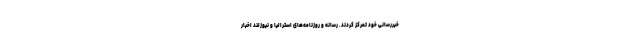
خبررسانی خود تمرکز کردند. رسانه و روزنامه‌های استرالیا و نیوزلند اخبار